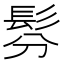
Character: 𩬉